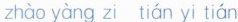
zhào yàng zi tián yi tián